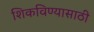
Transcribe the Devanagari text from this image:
शिकविण्‍यासाठी